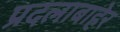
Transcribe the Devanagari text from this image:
प्रदलाबाहेर